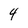
Character: 4